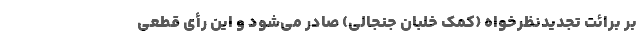
بر برائت تجدیدنظرخواه (کمک خلبان جنجالی) صادر می‌شود و این رأی قطعی